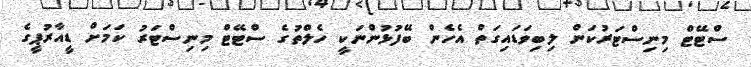
ސްޓޭޓް މިނިސްޓަރުކަން ލިބިވަޑައިގަތް އެހެން ބޭފުޅުންނަކީ ހެލްތުގެ ސްޓޭޓް މިނިސްޓަރު ކަމަށް ޑީއާރުޕީގެ